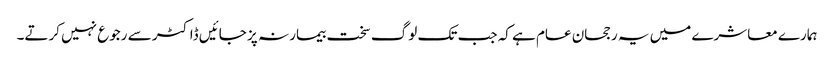
ہمارے معاشرے میں یہ رجحان عام ہے کہ جب تک لوگ سخت بیمار نہ پز جائیں ڈاکٹر سے رجوع نہیں کرتے۔